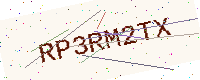
Text: RP3RM2TX